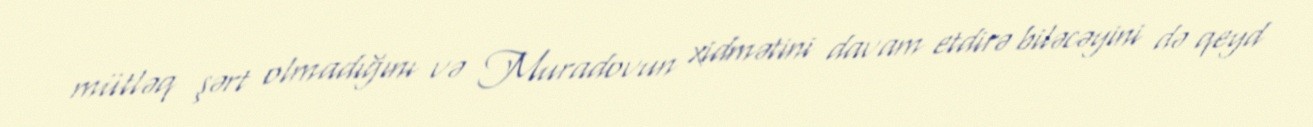
mütləq şərt olmadığını və Muradovun xidmətini davam etdirə biləcəyini də qeyd